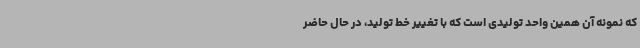
که نمونه آن همین واحد تولیدی است که با تغییر خط تولید، در حال حاضر